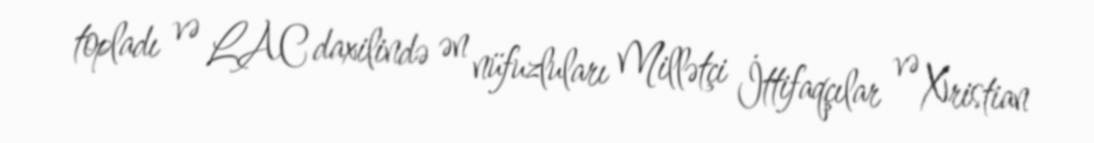
topladı və LAC daxilində ən nüfuzluları Millətçi İttifaqçılar və Xristian